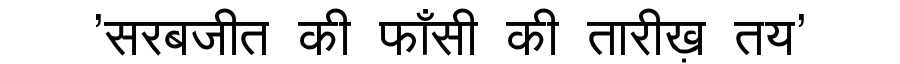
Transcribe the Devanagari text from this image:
'सरबजीत की फाँसी की तारीख़ तय'